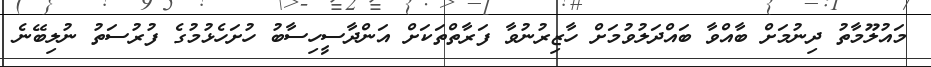
މައުލޫމާތު ދިނުމަށް ބާއްވާ ބައްދަލުވުމަށް ހާޒިރުނުވާ ފަރާތްތަކަށް އަންދާސީހިސާބު ހުށަހެޅުމުގެ ފުރުސަތު ނުލިބޭނެ